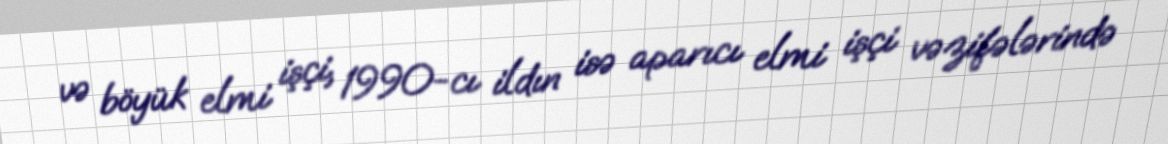
və böyük elmi işçi, 1990-cı ildın isə aparıcı elmi işçi vəzifələrində